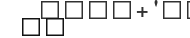
٢٥